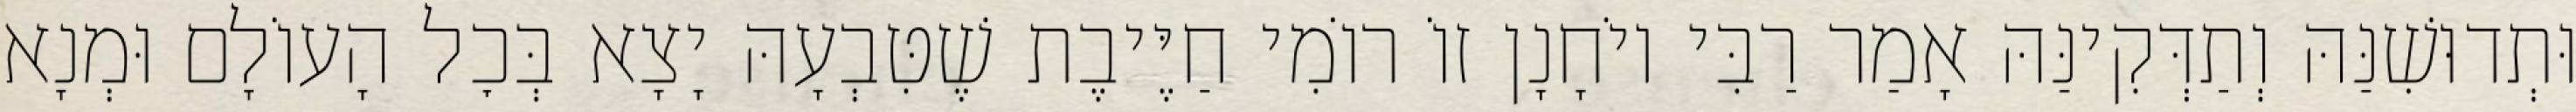
וּתְדוּשִׁנַּהּ וְתַדְּקִינַּהּ אָמַר רַבִּי יוֹחָנָן זוֹ רוֹמִי חַיֶּיבֶת שֶׁטִּבְעָהּ יָצָא בְּכׇל הָעוֹלָם וּמְנָא